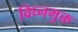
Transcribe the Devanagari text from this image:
विघ्नमुक्त